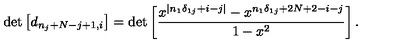
\det \left[ d _ { n _ { j } + N - j + 1 , i } \right] = \det \left[ \frac { x ^ { | n _ { 1 } \delta _ { 1 j } + i - j | } - x ^ { n _ { 1 } \delta _ { 1 j } + 2 N + 2 - i - j } } { 1 - x ^ { 2 } } \right] .